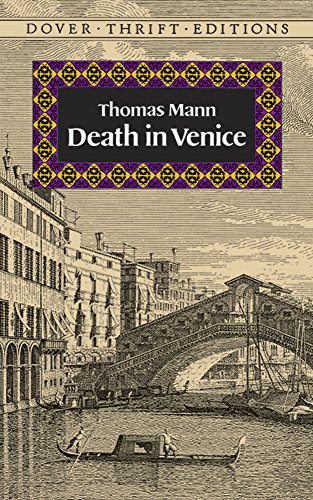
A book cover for Death in Venice (Dover Thrift Editions); Thomas Mann; Literature & Fiction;